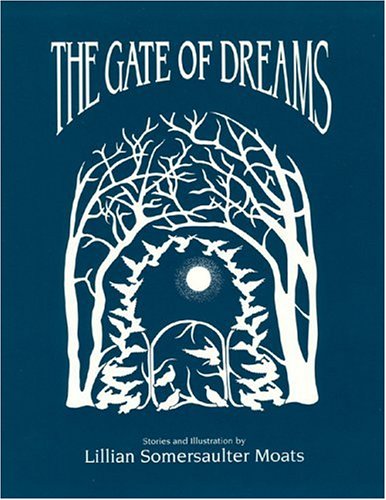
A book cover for The Gate of Dreams; Lillian Somersaulter Moats; Children's Books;